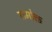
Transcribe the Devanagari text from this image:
रामोक्त